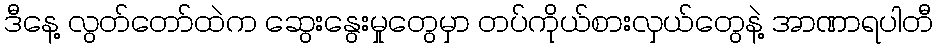
ဒီနေ့ လွတ်တော်ထဲက ဆွေးနွေးမှုတွေမှာ တပ်ကိုယ်စားလှယ်တွေနဲ့ အာဏာရပါတီ